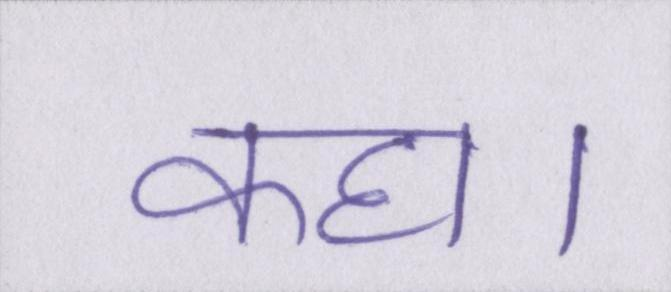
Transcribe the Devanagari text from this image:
कहा।